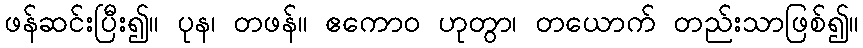
ဖန်ဆင်းပြီး၍။ ပုန၊ တဖန်။ ဧကောဝ ဟုတွာ၊ တယောက် တည်းသာဖြစ်၍။